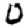
Digit: 0